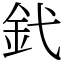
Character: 釴